Lunatic asylums in Bengal annual reports 1899-1911 - 1899-1911
Year: 1899
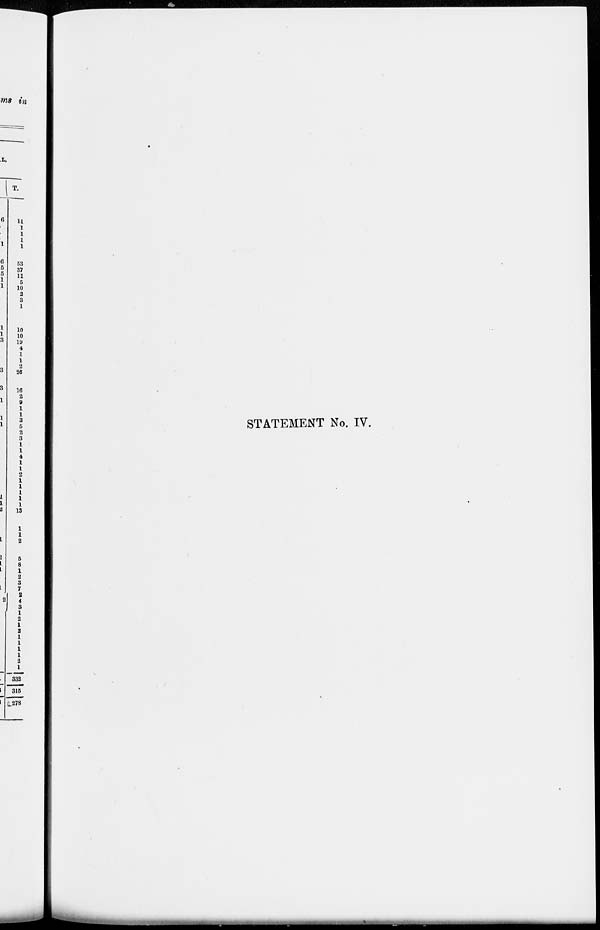
STATEMENT No. IV.